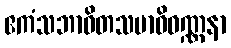
ဧကံသဘာဝိတသမာဓိဝဏ္ဏနာ